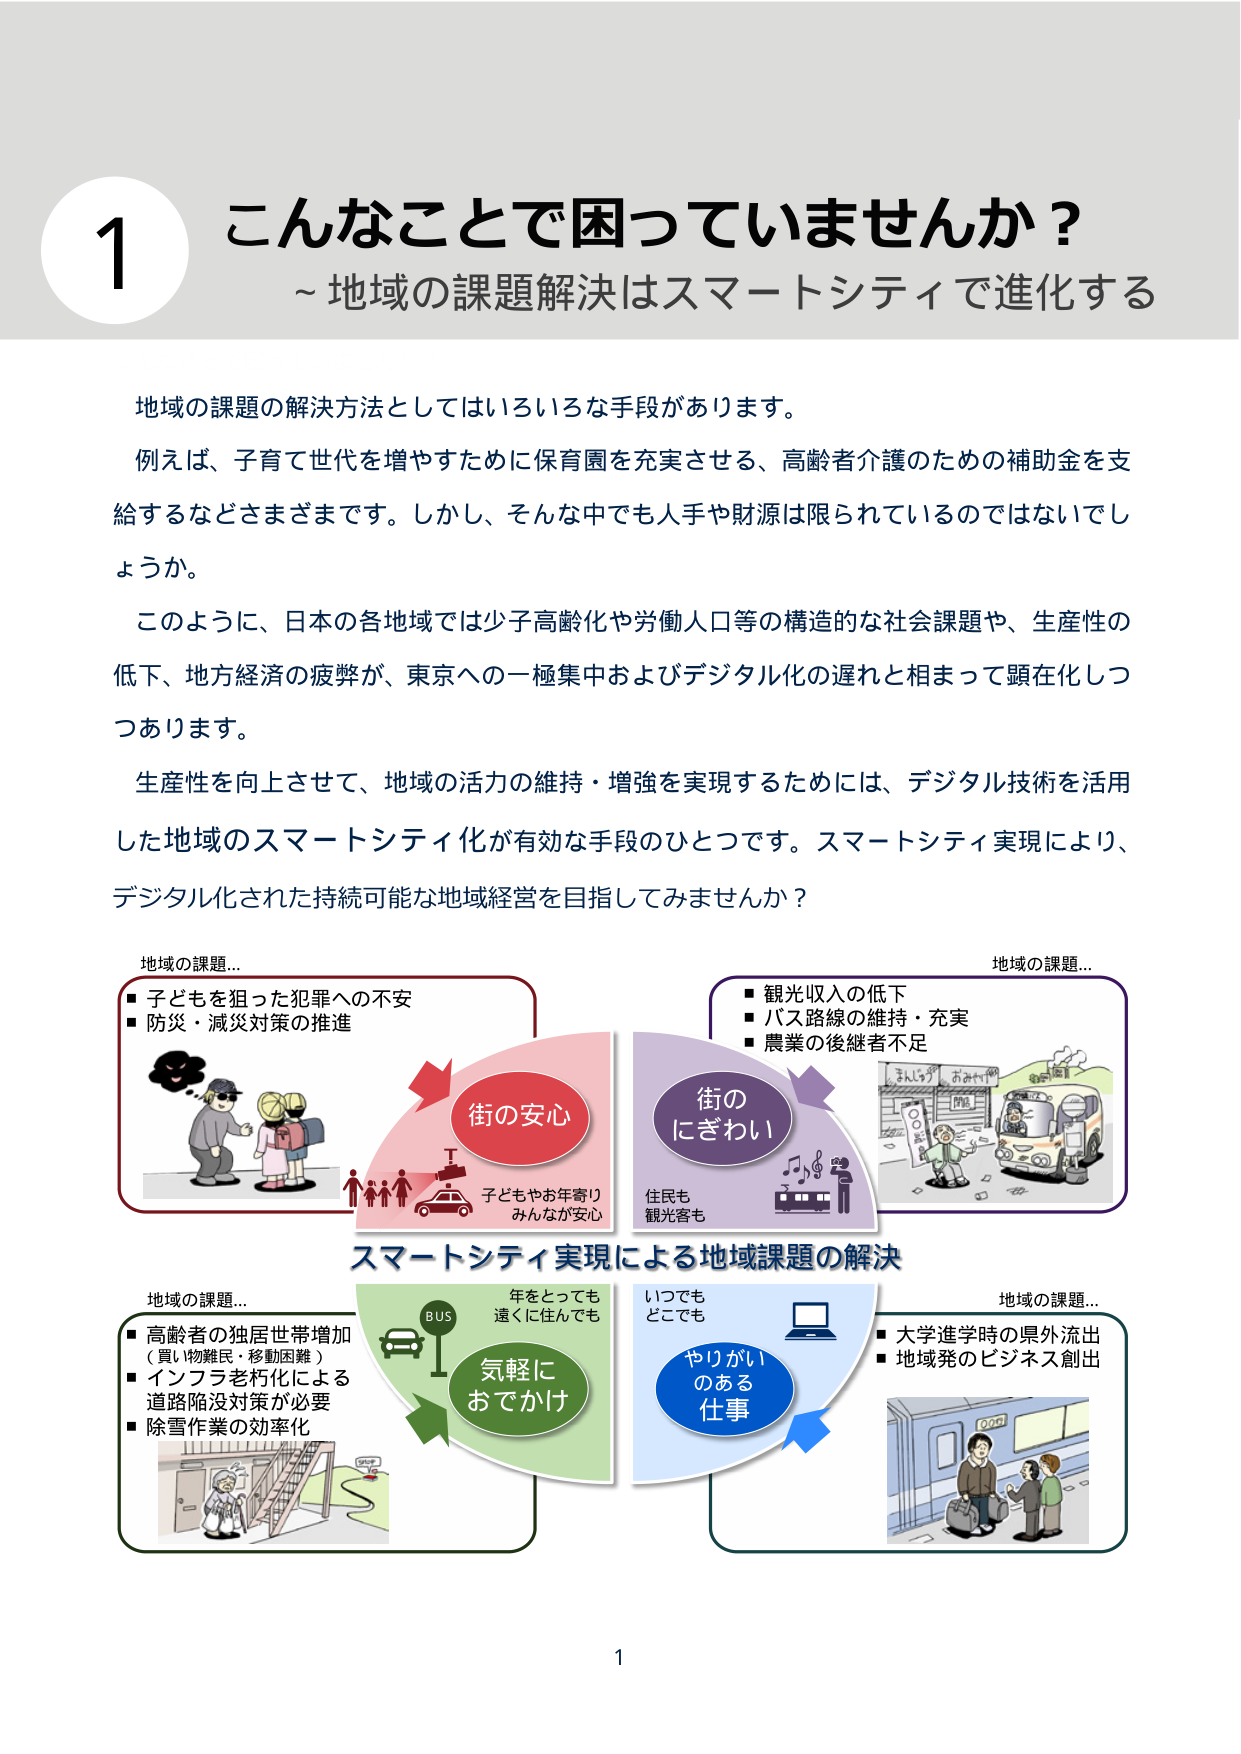
1 こんなことで困っていませんか？
～地域の課題解決はスマートシティで進化する

地域の課題の解決方法としてはいろいろな手段があります。
例えば、子育て世代を増やすために保育園を充実させる、高齢者介護のための補助金を支給するなどさまざまです。しかし、そんな中でも人手や財源は限られているのではないでしょうか。
このように、日本の各地域では少子高齢化や労働人口等の構造的な社会課題や、生産性の低下、地方経済の疲弊が、東京への一極集中およびデジタル化の遅れと相まって顕在化しつつあります。
生産性を向上させて、地域の活力の維持・増強を実現するためには、デジタル技術を活用した地域のスマートシティ化が有効な手段のひとつです。スマートシティ実現により、デジタル化された持続可能な地域経営を目指してみませんか？

地域の課題…
■ 子どもを狙った犯罪への不安
■ 防災・減災対策の推進

街の安心
子どもやお年寄り
みんなが安心

地域の課題…
■ 観光収入の低下
■ バス路線の維持・充実
■ 農業の後継者不足

街のにぎわい
住民も
観光客も

スマートシティ実現による地域課題の解決

地域の課題…
■ 高齢者の独居世帯増加
（買い物難民・移動困難）
■ インフラ老朽化による
道路陥没対策が必要
■ 除雪作業の効率化

気軽に
おでかけ
年をとっても
遠くに住んでも

地域の課題…
■ 大学進学時の県外流出
■ 地域発のビジネス創出

やりがい
のある
仕事
いつでも
どこでも

1